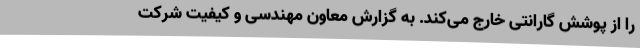
را از پوشش گارانتی خارج می‌کند. به گزارش معاون مهندسی و کیفیت شرکت